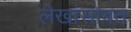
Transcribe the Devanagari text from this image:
लेखांसोबत